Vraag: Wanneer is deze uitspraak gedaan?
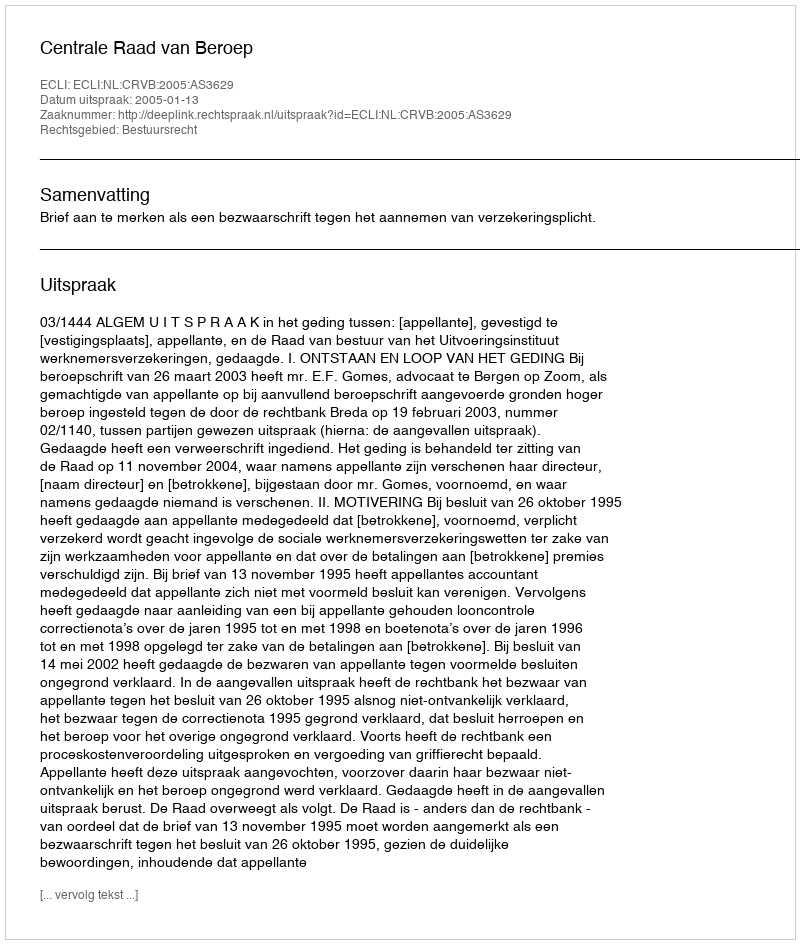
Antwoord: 2005-01-13